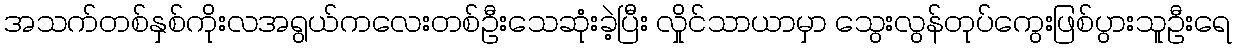
အသက်တစ်နှစ်ကိုးလအရွယ်ကလေးတစ်ဦးသေဆုံးခဲ့ပြီး လှိုင်သာယာမှာ သွေးလွန်တုပ်ကွေးဖြစ်ပွားသူဦးရေ